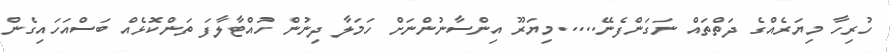
ހުރިހާ މިޔަރެއްގެ ދަތްތައް ނަގަންފެނޭ.....މިޔަރޫ އިންސާނުންނަށް ހަމަލާ ދިނުން ހުއްޓާލާފަ ތަންކޮޅެއް ބަސްއަހައިގެން